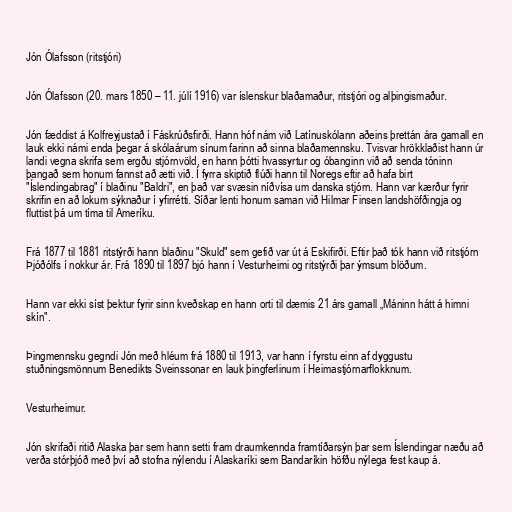
Jón Ólafsson (ritstjóri)

Jón Ólafsson (20. mars 1850 – 11. júlí 1916) var íslenskur blaðamaður, ritstjóri og alþingismaður.

Jón fæddist á Kolfreyjustað í Fáskrúðsfirði. Hann hóf nám við Latínuskólann aðeins þrettán ára gamall en
lauk ekki námi enda þegar á skólaárum sínum farinn að sinna blaðamennsku. Tvisvar hrökklaðist hann úr
landi vegna skrifa sem ergðu stjórnvöld, en hann þótti hvassyrtur og óbanginn við að senda tóninn
þangað sem honum fannst að ætti við. Í fyrra skiptið flúði hann til Noregs eftir að hafa birt
"Íslendingabrag" í blaðinu "Baldri", en það var svæsin níðvísa um danska stjórn. Hann var kærður fyrir
skrifin en að lokum sýknaður í yfirrétti. Síðar lenti honum saman við Hilmar Finsen landshöfðingja og
fluttist þá um tíma til Ameríku.

Frá 1877 til 1881 ritstýrði hann blaðinu "Skuld" sem gefið var út á Eskifirði. Eftir það tók hann við ritstjórn
Þjóðólfs í nokkur ár. Frá 1890 til 1897 bjó hann í Vesturheimi og ritstýrði þar ýmsum blöðum.

Hann var ekki síst þektur fyrir sinn kveðskap en hann orti til dæmis 21 árs gamall „Máninn hátt á himni
skín".

Þingmennsku gegndi Jón með hléum frá 1880 til 1913, var hann í fyrstu einn af dyggustu
stuðningsmönnum Benedikts Sveinssonar en lauk þingferlinum í Heimastjórnarflokknum.

Vesturheimur.

Jón skrifaði ritið Alaska þar sem hann setti fram draumkennda framtíðarsýn þar sem Íslendingar næðu að
verða stórþjóð með því að stofna nýlendu í Alaskaríki sem Bandaríkin höfðu nýlega fest kaup á.